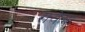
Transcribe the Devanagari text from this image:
गयेचा